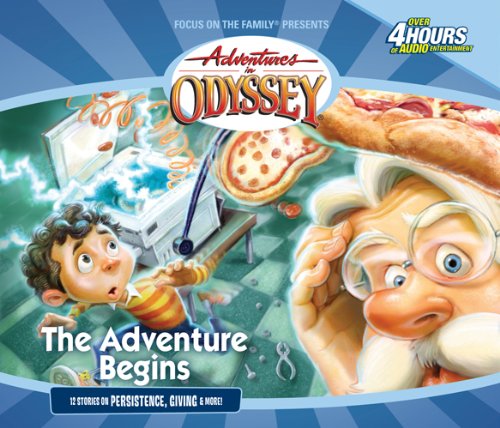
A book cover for The Adventure Begins: The Early Classics (Adventures in Odyssey Golden Audio Series No. 1); AIO Team; Humor & Entertainment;